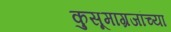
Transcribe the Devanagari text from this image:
कुसूमाग्रजांच्‍या